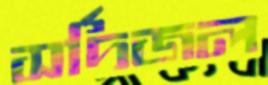
সর্দিজল